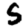
Digit: 5